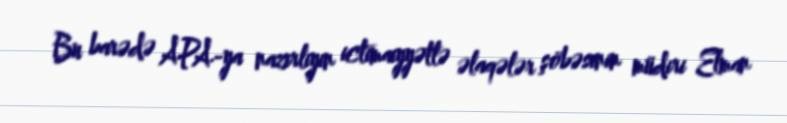
Bu barədə APA-ya nazirliyin ictimaiyyətlə əlaqələr şöbəsinin müdiri Elman